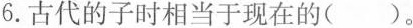
6.古代的子时相当于现在的（）。